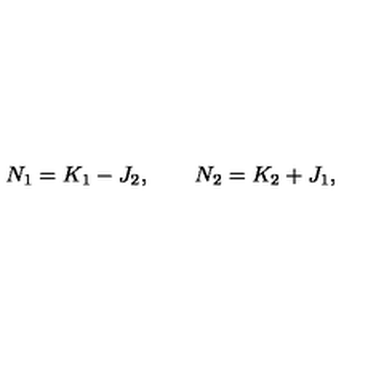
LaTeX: N _ { 1 } = K _ { 1 } - J _ { 2 } , \qquad N _ { 2 } = K _ { 2 } + J _ { 1 } ,